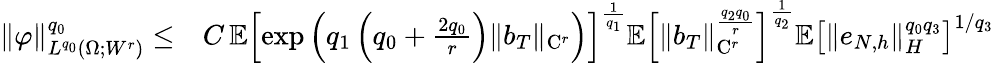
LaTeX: \begin{array}{rl}{\| \varphi\| _{L^{q_{0}}(\Omega;W^{r})}^{q_{0}}\le}&{C\, \mathbb{E}\left[\exp\left(q_{1}\left(q_{0}+\frac{2q_{0}}{r}\right)\| b_{T}\| _{\mathrm{C}^{r}}\right)\right]^{\frac{1}{q_{1}}}\mathbb{E}\left[\| b_{T}\| _{\mathrm{C}^{r}}^{\frac{q_{2}q_{0}}{r}}\right]^{\frac{1}{q_{2}}}\mathbb{E}\left[\| e_{N,h}\| _{H}^{q_{0}q_{3}}\right]^{1/q_{3}}}\end{array}